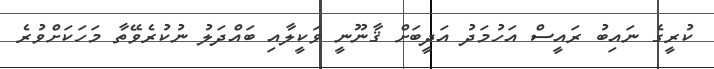
ކުރީގެ ނައިބު ރައީސް އަހުމަދު އަދީބަށް ޤާނޫނީ ވަކީލާއި ބައްދަލު ނުކުރެވޭތާ މަހަކަށްވުރެ